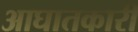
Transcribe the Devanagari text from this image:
आघातकारी